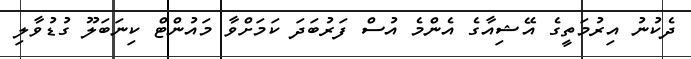
ދެކުނު އިރުމަތީގެ އޭޝިއާގެ އެންމެ އުސް ފަރުބަދަ ކަމަށްވާ މައުންޓް ކިނަބަލޫ ގުޑުވާލި